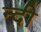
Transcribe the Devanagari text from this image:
न्दी